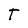
Character: t